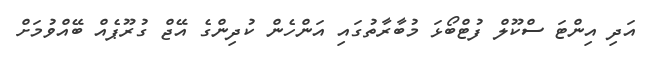
އަދި އިންޓަ ސްކޫލް ފުޓްބޯޅަ މުބާރާތުގައި އަންހެން ކުދިންގެ އޭޖް ގުރޫޕެއް ބޭއްވުމަށް